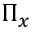
\Pi _ { x }